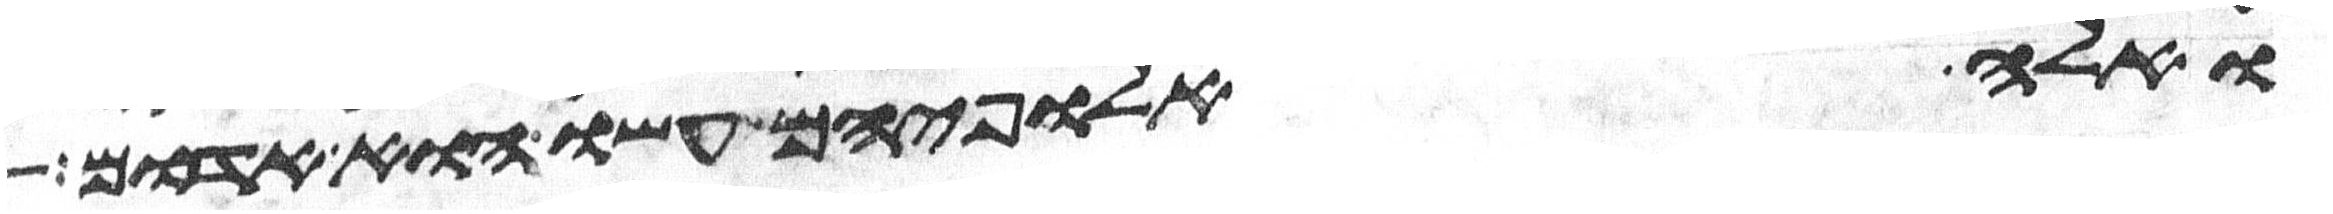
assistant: ואלה אלופיהם עשו הוא אדום